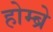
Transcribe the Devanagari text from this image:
होम्ब्रे